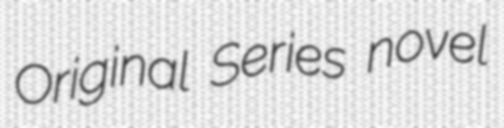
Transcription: Original Series novel